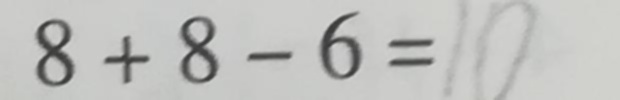
8 + 8 - 6 = 1 0